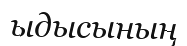
ыдысының